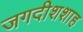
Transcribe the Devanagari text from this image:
जगदीशशाह